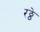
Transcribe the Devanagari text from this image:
रठ्ठे